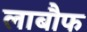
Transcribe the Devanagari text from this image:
लाबौफ